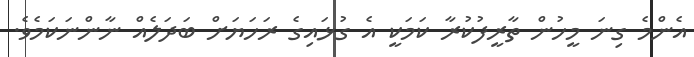
އެންމެ ގިނަ މީހުން ތާރީފުކުރާ ކަމަކީ އެ ގުޅައިގެ ރަހަޔަށް ބަދަލެއް ނާންނަކަމެވެ.